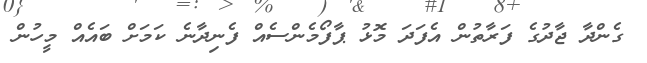
ގެންދާ ޖާދުގެ ފަރާތުން އެފަދަ މޮޅު ޕާފޯމެންސެއް ފެނިދާނެ ކަމަށް ބައެއް މީހުން